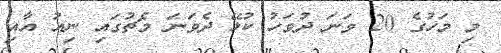
މި މަހުގެ 20 ވަނަ ދުވަހު ކުޅޭ ދެވަނަ މެޗުގައި ނިއު އާއި